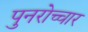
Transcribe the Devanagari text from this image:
पुनरोच्चार